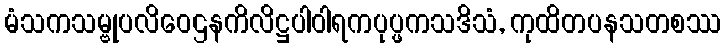
မံသကသမ္ဗုပလိဝေဌနကိလိဋ္ဌပါဝါရကပုပ္ဖကသဒိသံ, ကုထိတပနသတစဿ